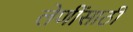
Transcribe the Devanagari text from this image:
लेणींसाठी